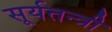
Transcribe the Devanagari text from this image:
सूर्यतन्त्री